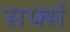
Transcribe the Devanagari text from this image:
सर्फ्स